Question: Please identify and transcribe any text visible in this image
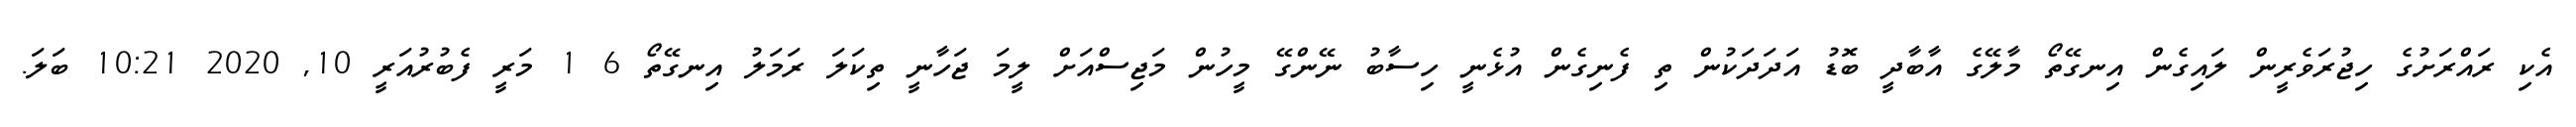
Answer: އެކި ރައްރަށުގެ ހިޖުރަވެރީން ލައިގެން އިނގޭތޯ މާލޭގެ އާބާދީ ބޮޑު އަދަދަކުން ތި ފެނިގެން އުޅެނީ ހިސާބު ނޭންގޭ މީހުން މަޖިސްއަށް ލީމަ ޖަހާނީ ތިކަލަ ރަމަލު އިނގޭތޯ 6 1 މަރީ ފެބުރުއަރީ 10, 2020 10:21 ބަލަ.